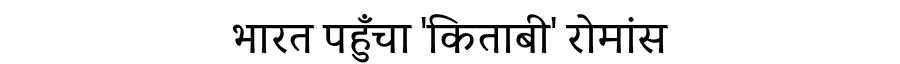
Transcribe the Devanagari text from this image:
भारत पहुँचा 'किताबी' रोमांस